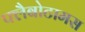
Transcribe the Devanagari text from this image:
फ्लैबोटामस